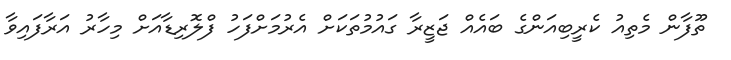
ތޫފާން މެތިއު ކެރީބިއަންގެ ބައެއް ޖަޒީރާ ގައުމުތަކަށް އެރުމަށްފަހު ފްލޮރިޑާއަށް މިހާރު އަރާފައިވާ